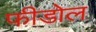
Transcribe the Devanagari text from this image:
फीडोल